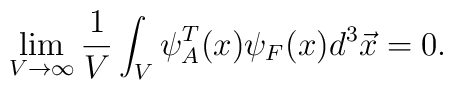
\lim_{V \rightarrow \infty} 	\frac{1}{V}\int_V \psi_A^T(x) \psi_F(x) d^3 \vec x=0.